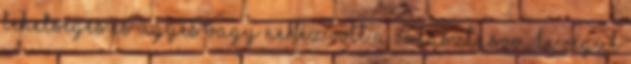
TEHETSÉGES ÉS ÜGYES VAGY NEHÉZ VOLT A VÁLASZTÁSOM,DE VÉGÜL